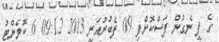
ގެ ފީ ނެގުން ފަސްކޮށްފި 09 ފެބުރުއަރީ 2013 09:12 6 ކޮމެންޓު